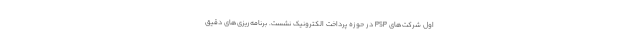
اول شرکت‌های PSP در حوزه پرداخت الکترونیک نشست. برنامه‌ریزی‌های دقیق